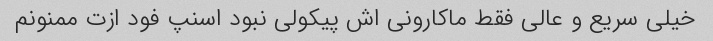
خیلی سریع و عالی فقط ماکارونی اش پیکولی نبود اسنپ فود ازت ممنونم